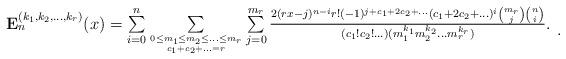
LaTeX: \begin{align*}\begin{array}{c}\mathbf{E}^{(k_1,k_2,\ldots, k_r)}_n(x)=\sum\limits_{i=0}^n\sum\limits_{ 0\le m_1\le m_2\le\ldots\le m_r \atop c_1+c_2+\ldots=r}\sum\limits_{j=0}^{m_r}\frac{2(rx-j)^{n-i}r!(-1)^{j+c_1+2c_2+\ldots}(c_1+2c_2+\ldots)^i\binom{m_r}{j}\binom{n}{i}}{(c_1!c_2!\ldots)(m_1^{k_1} m_2^{k_2}\ldots m_r^{k_r})}.\end{array}.\end{align*}